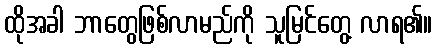
ထိုအခါ ဘာတွေဖြစ်လာမည်ကို သူမြင်တွေ့ လာရ၏။